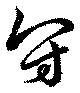
冠